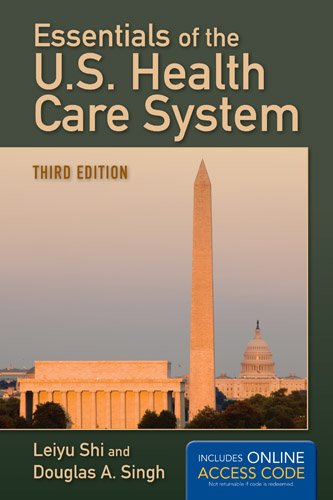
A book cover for Essentials Of The U.S. Health Care System; Leiyu Shi; Medical Books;